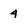
Character: 4